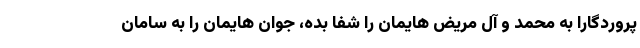
پروردگارا به محمد و آل مریض هایمان را شفا بده، جوان هایمان را به سامان